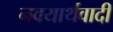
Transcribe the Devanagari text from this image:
नवयार्थवादी